Report of the Lahore Medical School Hospital
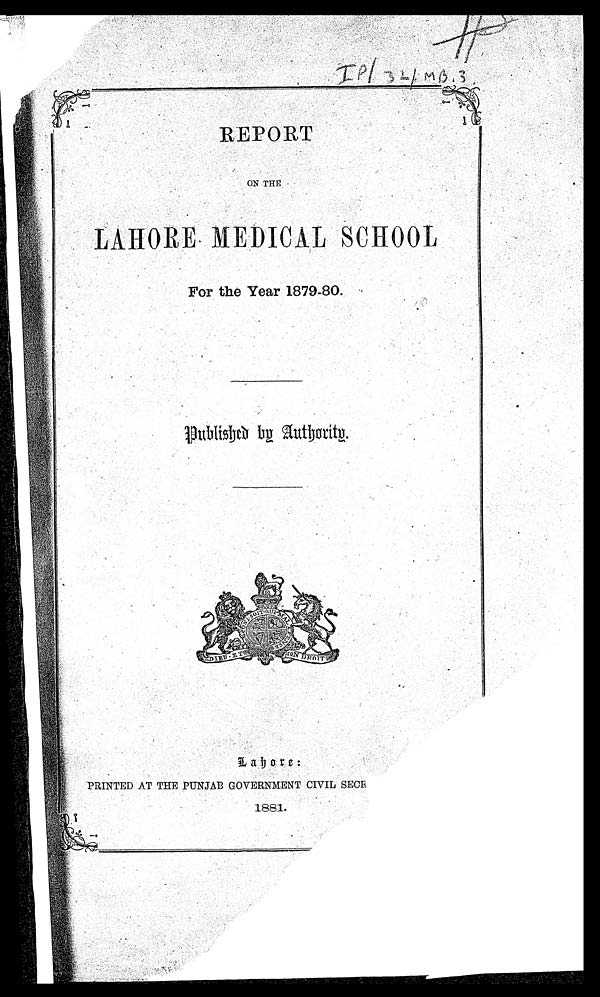
REPORT
ON THE
For the Year 1879-80.
P u b l i s h e d b y A u t h o r i t y .
L a h o r e :
PRINTED AT THE PUNJAB GOVERNMENT CIVIL SECR
1881
1881.